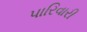
પારિવારી